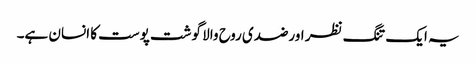
یہ ایک تنگ نظر اورضدی روح والا گوشت پوست کا انسان ہے۔